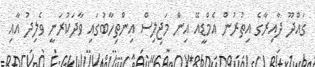
ގައްދޫ ދާއިރާގެ އިތުރުން އެމްޑީއޭ އިން މަޖިލިސް އިންތިހާބުގައި ވާދަކުރަނީ ވެލިދު އާއި